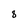
Character: 8